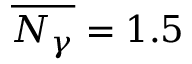
\overline { { N _ { \gamma } } } = 1 . 5